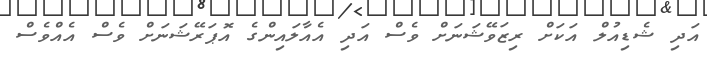
އަދި ޝެޑިއުލް އަކަށް ރިޒަވޭޝަނަށް ވެސް އަދި އެއާލައިންގެ އޮޕަރޭޝަނަށް ވެސް އެއްވެސް